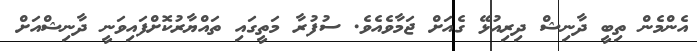
އެންމެން ތިބީ ދާނިޝް ދިރިއުޅޭ ގެއަށް ޖަމާވެއެވެ. ސުފުރާ މަތީގައި ތައްޔާރުކޮށްފައިވަނީ ދާނިޝްއަށް